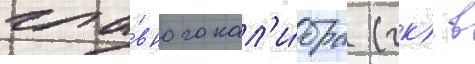
гла́вного кал'и́бра (гк) в